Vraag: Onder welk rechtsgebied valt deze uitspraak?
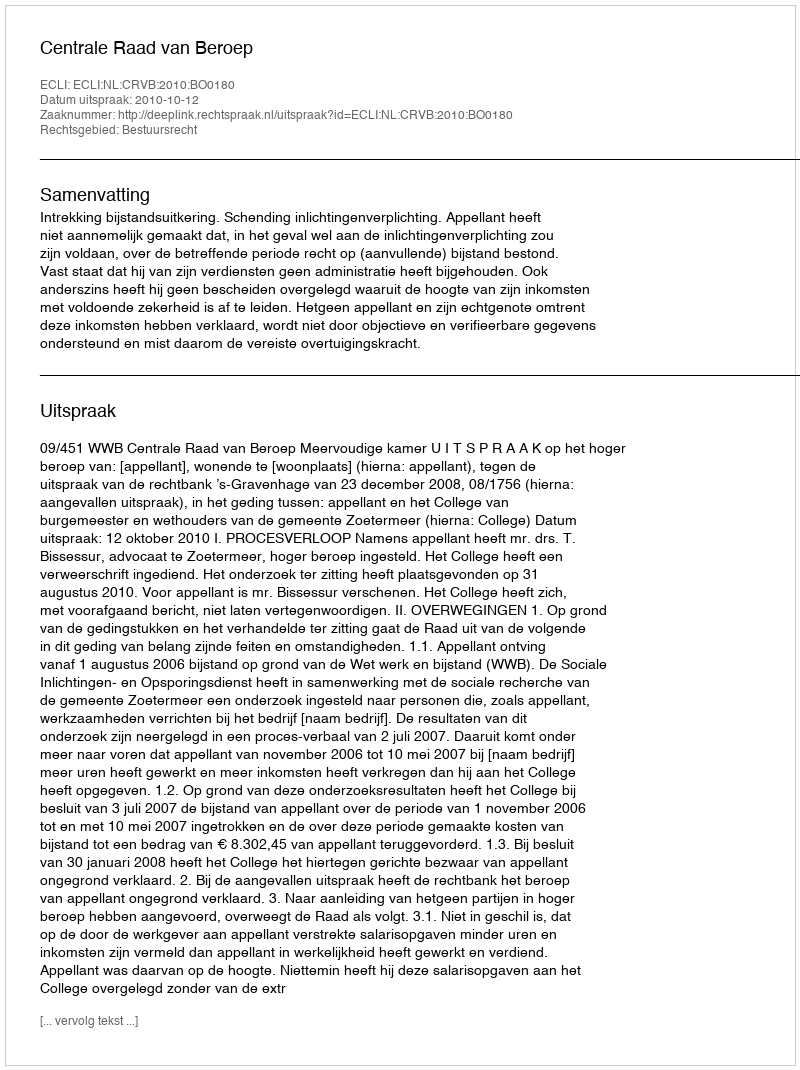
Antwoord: Bestuursrecht